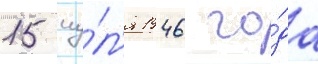
15 иу́л'я 1946 го́да